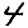
Digit: 4